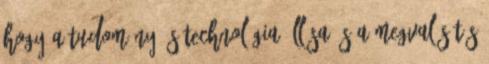
hogy a tudomány és technológia állása és a megvalósítás